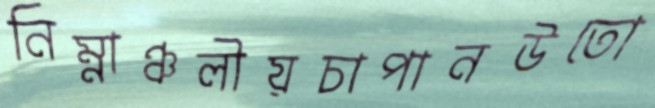
নিম্নাঞ্চলীয়চাপানউতো